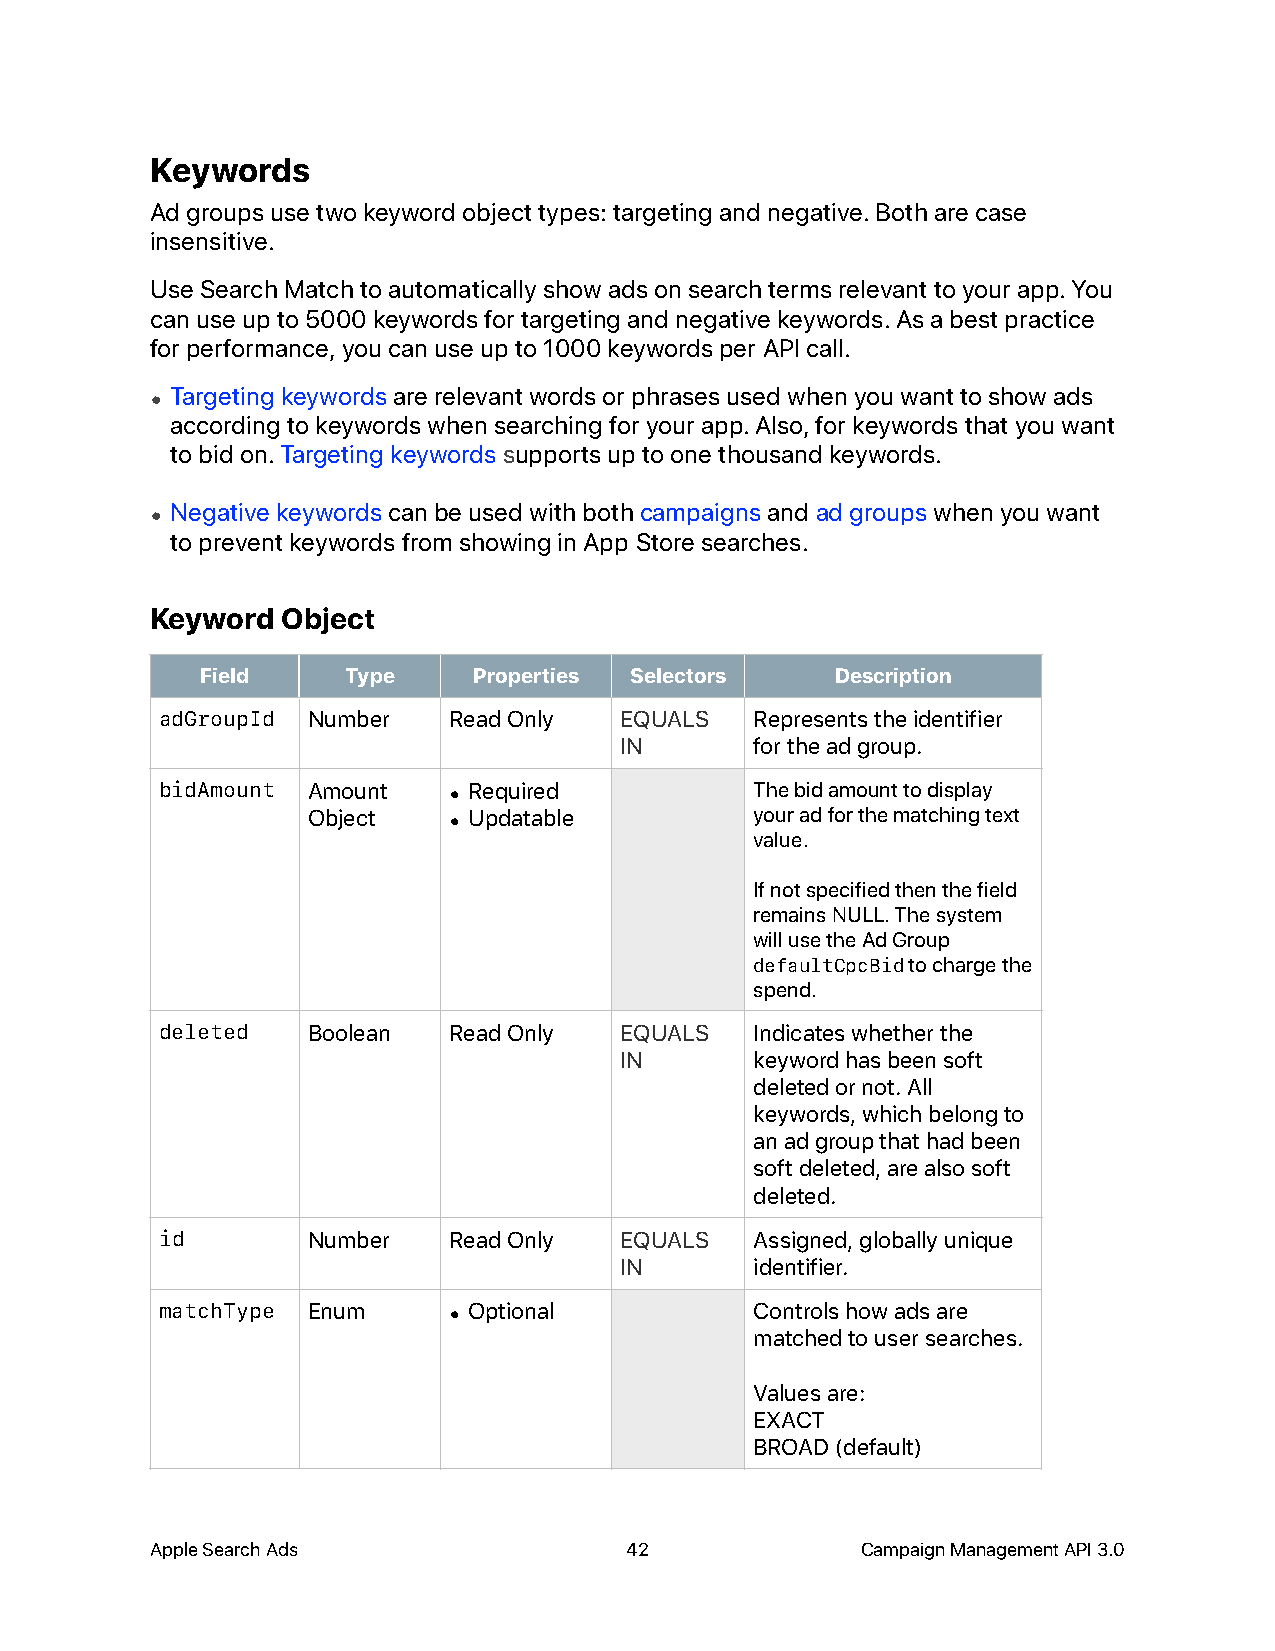
Keywords
 Ad groups use two keyword object types: targeting and negative. Both are case
 insensitive.
 Use Search Match to automatically show ads on search terms relevant to your app. You
 can use up to 5000 keywords for targeting and negative keywords. As a best practice
 for performance, you can use up to 1000 keywords per API call.
 • Targeting keywords are relevant words or phrases used when you want to show ads
 according to keywords when searching for your app. Also, for keywords that you want
 to bid on. Targeting keywords supports up to one thousand keywords.
 • Negative keywords can be used with both campaigns and ad groups when you want
 to prevent keywords from showing in App Store searches.
 Keyword  Object
 Field     Type    Properties Selectors    Description
 adGroupId Number   Read Only  EQUALS   Represents the identifier
 IN       for the ad group.
 bidAmount Amount   • Required          The bid amount to display
 Object    • Updatable         your ad for the matching text
 value.
 If not specified then the field
 remains NULL. The system
 will use the Ad Group
 defaultCpcBid to charge the
 spend.
 deleted  Boolean   Read Only  EQUALS   Indicates whether the
 IN       keyword has been soft
 deleted or not. All
 keywords, which belong to
 an ad group that had been
 soft deleted, are also soft
 deleted.
 id       Number    Read Only  EQUALS   Assigned, globally unique
 IN       identifier.
 matchType Enum     • Optional          Controls how ads are
 matched to user searches.
 Values are:
 EXACT
 BROAD (default)
 Apple Search Ads               42              Campaign Management API 3.0